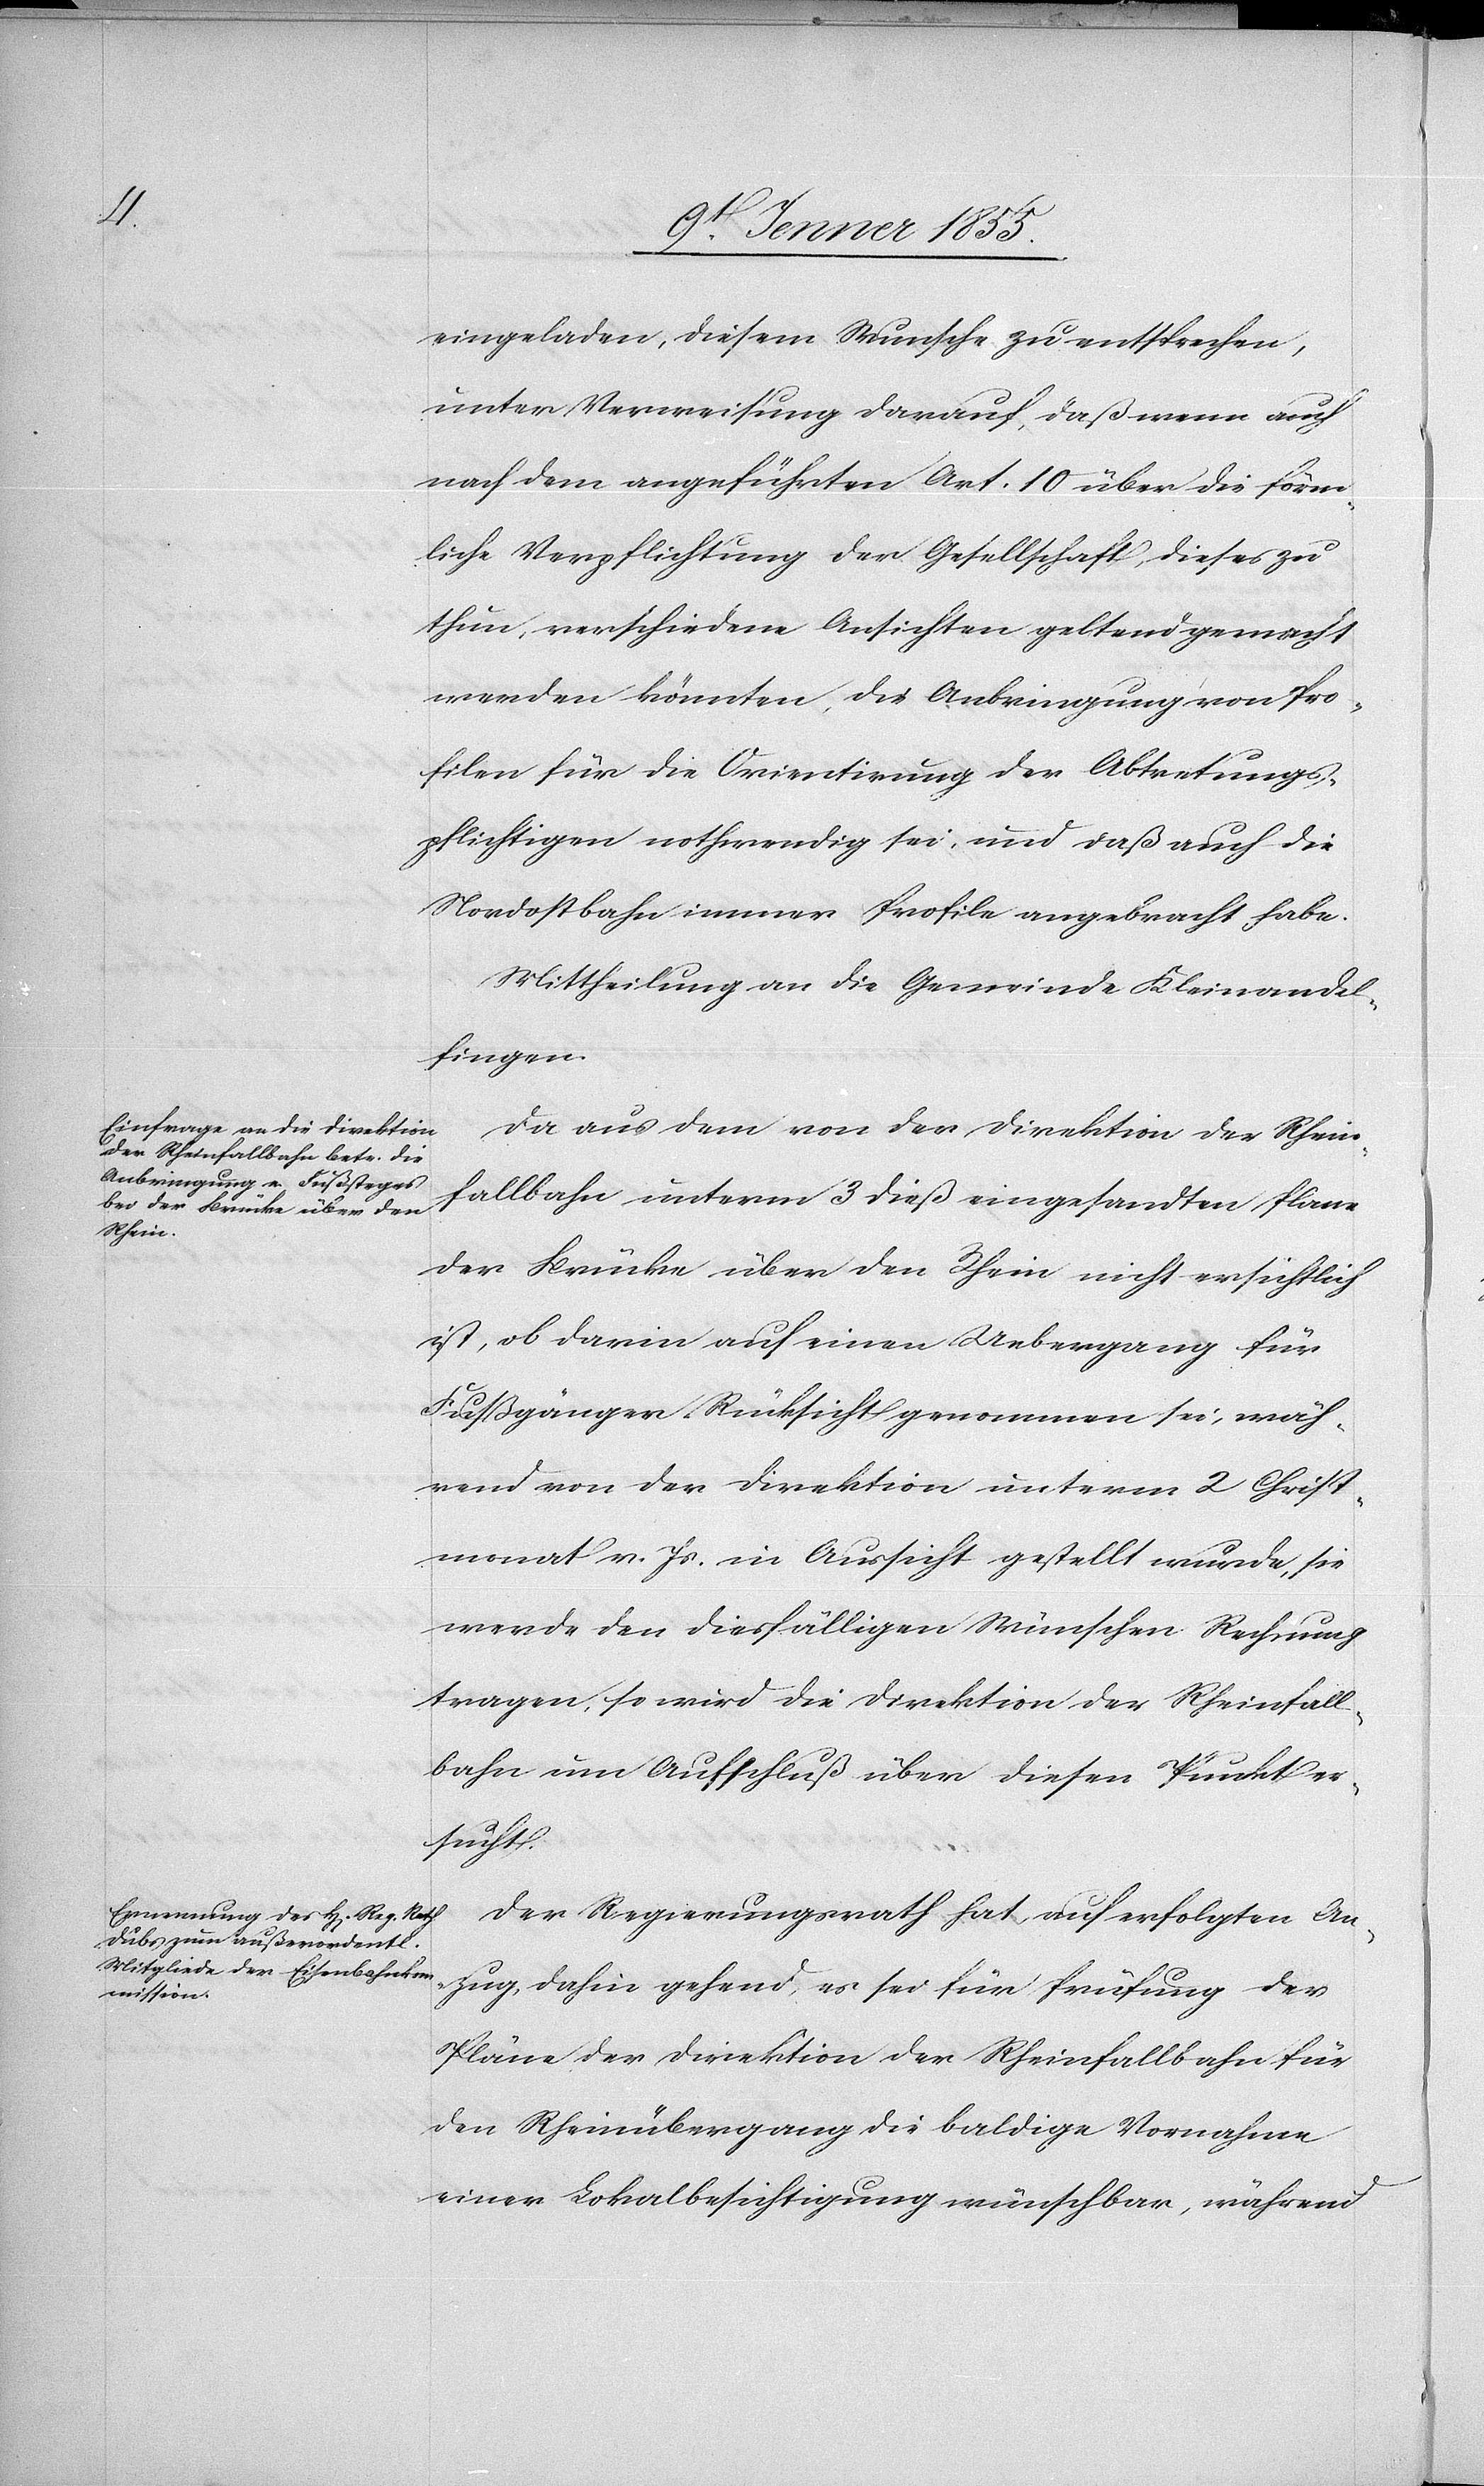
eingeladen, diesem Wunsche zu entsprechen,
unter Verweisung darauf, daß wenn auch
nach dem angeführten Art. 10 über die förm¬
liche Verpflichtung der Gesellschaft dieses zu
thun, verschiedene Ansichten geltend gemacht
werden könnten, die Anbringung von Pro¬
filen für die Orientirung der Abtretungs¬
pflichtigen nothwendig sei, und daß auch die
Nordostbahn immer Profile angebracht habe.
Mittheilung an die Gemeinde Kleinandel¬
fingen.
Da aus dem von der Direktion der Rhein¬
fallbahn unterm 3 dieß eingesandten Plane
der Brücke über den Rhein nicht ersichtlich
ist, ob darin auf einen Uebergang für
Fußgänger Rücksicht genommen sei, wäh¬
rend von der Direktion unterm 2 Christ¬
monat v. Js. in Aussicht gestellt wurde, sie
werde den diesfälligen Wünschen Rechnung
tragen, so wird die Direktion der Rheinfall¬
bahn um Aufschluß über diesen Punkt er¬
sucht.
Der Regierungsrath hat, auf erfolgten An¬
zug, dahin gehend, es sei für Prüfung der
Pläne der Direktion der Rheinfallbahn für
den Rheinübergang die baldige Vornahme
einer Lokalbesichtigung wünschbar, während